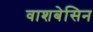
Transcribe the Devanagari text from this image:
वाशबेसिन